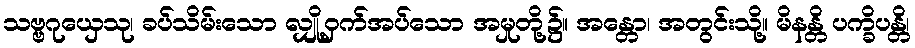
သဗ္ဗဂုယှေသု၊ ခပ်သိမ်းသော လျှို့ဝှက်အပ်သော အမှုတို့၌။ အန္တော၊ အတွင်းသို့။ မိနန္တိ ပက္ခိပန္တိ၊